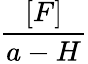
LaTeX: \frac{[F]}{a-H}